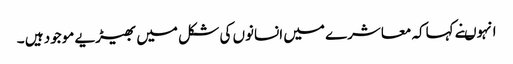
انہوںنے کہاکہ معاشرے میں انسانوں کی شکل میں بھیڑیے موجود ہیں ۔